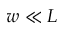
w \ll L